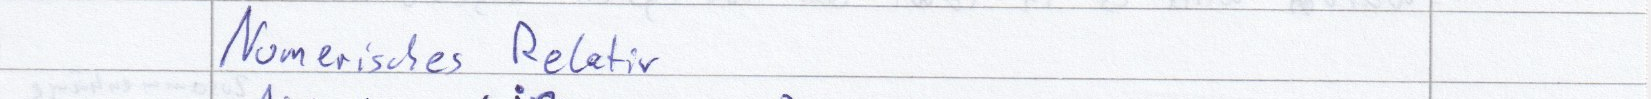
Numerisches Relativ